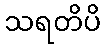
သရတိပိ